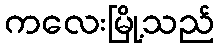
ကလေးမြို့သည်